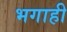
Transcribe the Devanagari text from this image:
भगाही